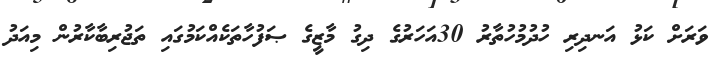
ވަރަށް ކަޅު އަނދިރި ހުދުމުހުތާރު 30އަހަރުގެ ދިގު މާޒީގެ ޞަފުހާތަކެއްކަމުގައި ތަޖުރިބާކާރުން މިއަދު